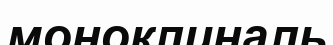
моноклиналь